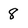
Character: 8